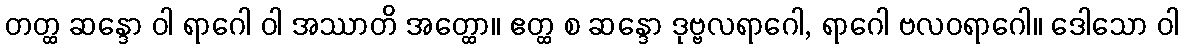
တတ္ထ ဆန္ဒော ဝါ ရာဂေါ ဝါ အဿာတိ အတ္ထော။ ဧတ္ထ စ ဆန္ဒော ဒုဗ္ဗလရာဂေါ, ရာဂေါ ဗလဝရာဂေါ။ ဒေါသော ဝါ